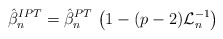
\begin{align*}\hat{\beta}_n^{IPT} = \hat{\beta}_n^{PT}\, \left(1-(p-2)\mathcal{L}_n^{-1} \right)\end{align*}